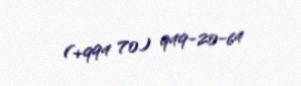
(+994 70) 949-20-64